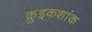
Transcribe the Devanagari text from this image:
क्रुइकशांक